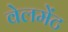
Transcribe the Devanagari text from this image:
वेलमेंट